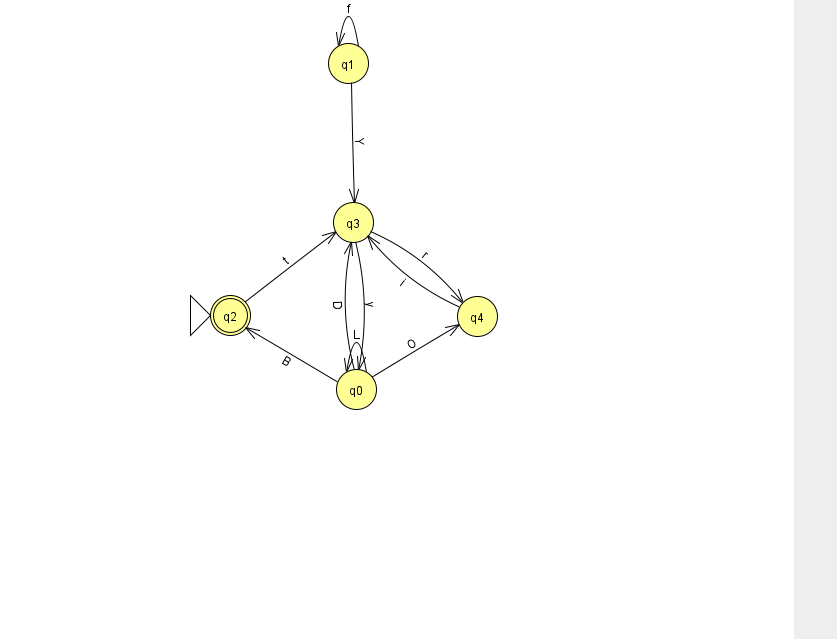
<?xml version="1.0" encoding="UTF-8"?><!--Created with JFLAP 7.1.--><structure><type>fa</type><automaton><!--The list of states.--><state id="0" name="q0"><x>356.0</x><y>376.0</y></state><state id="1" name="q1"><x>348.0</x><y>50.0</y></state><state id="2" name="q2"><x>230.0</x><y>302.0</y><initial/><final/></state><state id="3" name="q3"><x>353.0</x><y>209.0</y></state><state id="4" name="q4"><x>477.0</x><y>303.0</y></state><!--The list of transitions.--><transition><from>2</from><to>3</to><read>t</read></transition><transition><from>3</from><to>4</to><read>r</read></transition><transition><from>0</from><to>4</to><read>O</read></transition><transition><from>1</from><to>1</to><read>f</read></transition><transition><from>3</from><to>0</to><read>y</read></transition><transition><from>1</from><to>3</to><read>Y</read></transition><transition><from>0</from><to>2</to><read>B</read></transition><transition><from>0</from><to>3</to><read>D</read></transition><transition><from>4</from><to>3</to><read>i</read></transition><transition><from>0</from><to>0</to><read>L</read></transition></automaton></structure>